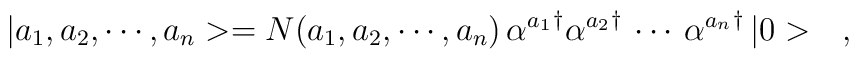
|a_1,a_2,\cdots,a_n>=N(a_1,a_2,\cdots,a_n)\,{\alpha^{a_1}}^\dagger{\alpha^{a_2}}^\dagger\,\cdots\,{\alpha^{a_n}}^\dagger\,|0>\ \ \ ,